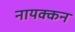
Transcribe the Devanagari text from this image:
नायक्कन